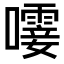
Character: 𫬝